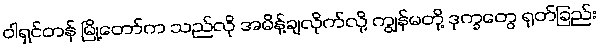
ဝါရှင်တန် မြို့တော်က သည်လို အမိန့်ချလိုက်လို့ ကျွန်မတို့ ဒုက္ခတွေ ရုတ်ခြည်း